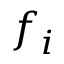
f _ { i }